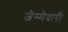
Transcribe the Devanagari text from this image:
जेम्मेदारी